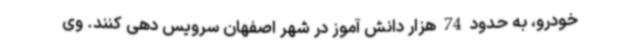
خودرو، به حدود 74 هزار دانش آموز در شهر اصفهان سرویس دهی کنند. وی